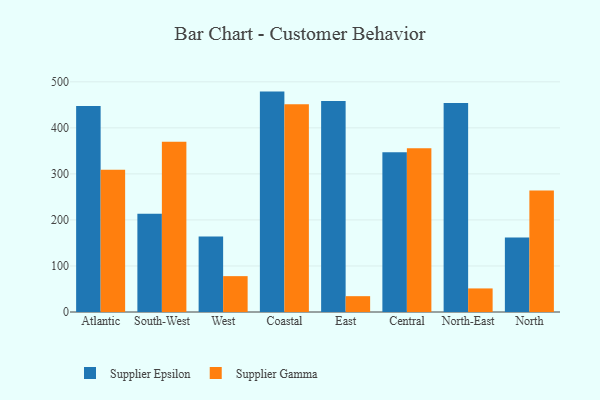
{"axis": {"x": "Region", "y": "Active Users"}, "legend": ["Supplier Epsilon", "Supplier Gamma"], "data": [{"x": "Atlantic", "y": 447.3, "type": "Supplier Epsilon"}, {"x": "Atlantic", "y": 309.2, "type": "Supplier Gamma"}, {"x": "South-West", "y": 213.6, "type": "Supplier Epsilon"}, {"x": "South-West", "y": 369.6, "type": "Supplier Gamma"}, {"x": "West", "y": 164.2, "type": "Supplier Epsilon"}, {"x": "West", "y": 77.9, "type": "Supplier Gamma"}, {"x": "Coastal", "y": 478.8, "type": "Supplier Epsilon"}, {"x": "Coastal", "y": 451.1, "type": "Supplier Gamma"}, {"x": "East", "y": 458.5, "type": "Supplier Epsilon"}, {"x": "East", "y": 34.4, "type": "Supplier Gamma"}, {"x": "Central", "y": 347.3, "type": "Supplier Epsilon"}, {"x": "Central", "y": 355.9, "type": "Supplier Gamma"}, {"x": "North-East", "y": 453.8, "type": "Supplier Epsilon"}, {"x": "North-East", "y": 51.2, "type": "Supplier Gamma"}, {"x": "North", "y": 162.1, "type": "Supplier Epsilon"}, {"x": "North", "y": 264.2, "type": "Supplier Gamma"}]}